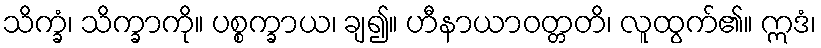
သိက္ခံ၊ သိက္ခာကို။ ပစ္စက္ခာယ၊ ချ၍။ ဟီနာယာဝတ္တတိ၊ လူထွက်၏။ ဣဒံ၊